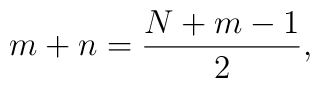
m+n = \frac{N+m-1}{2},